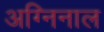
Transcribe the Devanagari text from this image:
अग्निनाल